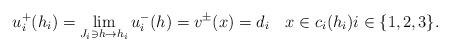
LaTeX: \begin{align*} u_i^+ (h_i) = \lim_{J_i \ni h \to h_i} u_i^- (h) = v^{\pm} (x) = d_i\ \ \ x \in c_i (h_i) i \in \{ 1, 2, 3 \}.\end{align*}